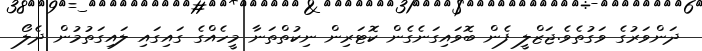
ދަންވަރުގެ ވަގުތެވެ.ޖަޒްލީ ފެން ބޮވައިގަނެގެން ކޮޓަރިން ނިކުތްތަނާ މީހެއްގެ ގައިގައި ލައިގަތުމުން ދެލޯ